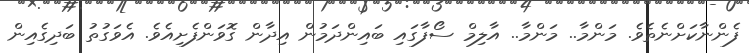
ފެންނާކަށްނެތެވެ. މަންމާ.. މަންމާ.. އާލިމް ސޯފާގައި ބައިންދަމުން އިދާން ގޮވަންފެށިއެވެ. އެވަގުތު ބަދިގެއިން